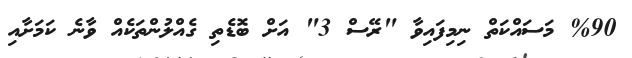
%90 މަސައްކަތް ނިމިފައިވާ "ރޭސް 3" އަށް ބޮޑެތި ގެއްލުންތަކެއް ވާނެ ކަމަށާއި